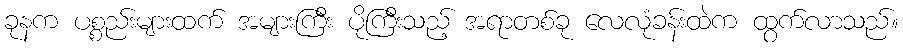
ခုနက ပစ္စည်းများထက် အများကြီး ပိုကြီးသည့် အရာတစ်ခု လေလုံခန်းထဲက ထွက်လာသည်။